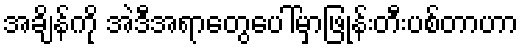
အချိန်ကို အဲဒီအရာတွေပေါ်မှာဖြုန်းတီးပစ်တာဟာ